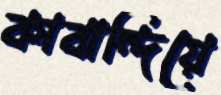
কাবান্দিয়ে